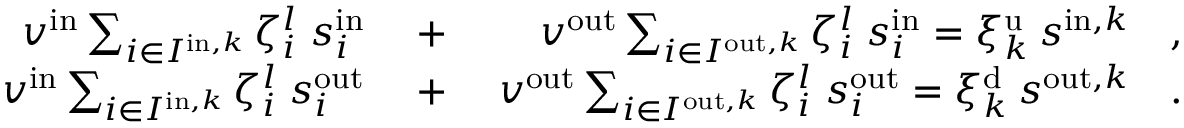
\begin{array} { r l r } { v ^ { \mathrm { i n } } \sum _ { i \in I ^ { \mathrm { i n } , k } } \zeta _ { i } ^ { l } \; s _ { i } ^ { \mathrm { i n } } \; } & { + } & { \; v ^ { \mathrm { o u t } } \sum _ { i \in I ^ { \mathrm { o u t } , k } } \zeta _ { i } ^ { l } \; s _ { i } ^ { \mathrm { i n } } = \xi _ { k } ^ { \mathrm { u } } \: s ^ { \mathrm { i n } , k } \quad , } \\ { v ^ { \mathrm { i n } } \sum _ { i \in I ^ { \mathrm { i n } , k } } \zeta _ { i } ^ { l } \; s _ { i } ^ { \mathrm { o u t } } \; } & { + } & { \; v ^ { \mathrm { o u t } } \sum _ { i \in I ^ { \mathrm { o u t } , k } } \zeta _ { i } ^ { l } \; s _ { i } ^ { \mathrm { o u t } } = \xi _ { k } ^ { \mathrm { d } } \: s ^ { \mathrm { o u t } , k } \quad . } \end{array}